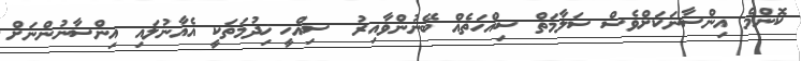
ކޮންމެ އިންސާނަކަށްވެސް ސަލާމަތް ސިއްހަތެއް ބޭނުންވާއިރު  ސިއްހީ ޚިދުމަތަކީ އެއާނުލައި އިންސާނުންނަށް